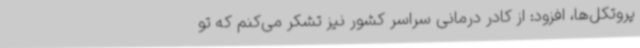
پروتکل‌ها، افزود: از کادر درمانی سراسر کشور نیز تشکر می‌کنم که تو